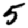
Digit: 5